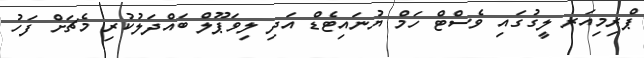
ޕްރިމިއަރ ލީގުގައި ވެސްޓް ހަމް ޔުނައިޓެޑް އަދި ލިވަޕޫލް ބައްދަލުކުރި މެޗަށް ފަހު